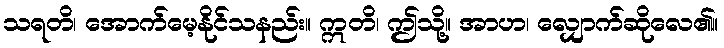
သရတိ၊ အောက်မေ့နိုင်သနည်း။ ဣတိ၊ ဤသို့။ အာဟ၊ လျှောက်ဆိုလေ၏။